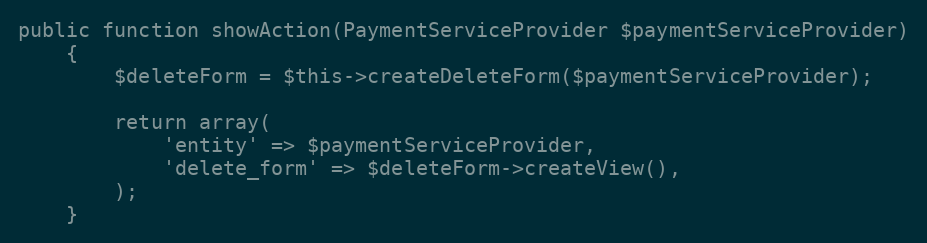
Language: PHP
public function showAction(PaymentServiceProvider $paymentServiceProvider)
    {
        $deleteForm = $this->createDeleteForm($paymentServiceProvider);

        return array(
            'entity' => $paymentServiceProvider,
            'delete_form' => $deleteForm->createView(),
        );
    }